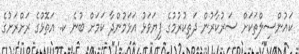
ކައުންސިލްތަކަށް ސަރުކާރުން ދަތިކުރުމުގެ ފިޔަވަޅު އަޅަމުންދާ ކަމަށް ބުނެ ކ. އަތޮޅުގެ ރަށްރަށުގެ